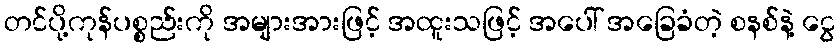
တင်ပို့ကုန်ပစ္စည်းကို အများအားဖြင့် အထူးသဖြင့် အပေါ် အခြေခံတဲ့ စနစ်နဲ့ ငွေ